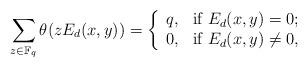
LaTeX: \begin{align*}\sum_{z\in\mathbb{F}_q}\theta(zE_d(x,y))=\left\{ \begin{array}{ll} q, & \hbox{if $E_d(x,y)=0$;} \\ 0, & \hbox{if $E_d(x,y)\neq0$,} \end{array} \right.\end{align*}